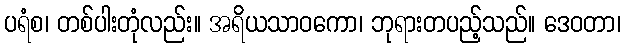
ပရံစ၊ တစ်ပါးတုံလည်း။ အရိယသာဝကော၊ ဘုရားတပည့်သည်။ ဒေဝတာ၊